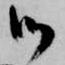
御